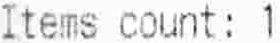
ITEMS COUNT: 1